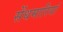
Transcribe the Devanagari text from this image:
सेंधमारियां